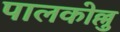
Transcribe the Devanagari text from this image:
पालकोल्लु